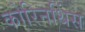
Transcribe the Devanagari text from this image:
कोरिनथिंस